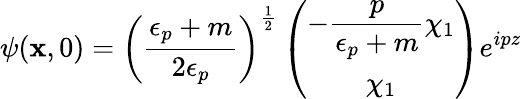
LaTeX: \psi({\mathbf x},0)=\left(\frac{\epsilon_{p}+m}{2\epsilon_{p}}\right)^{\frac{1}{2}}\left(\begin{array}{c}{{{\displaystyle-\frac{p}{\epsilon_{p}+m}}\chi_{1}}}\\ {{\chi_{1}}}\end{array}\right)e^{ipz}